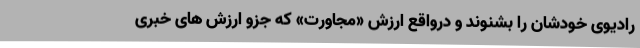
رادیوی خودشان را بشنوند و درواقع ارزش «مجاورت» که جزو ارزش های خبری